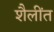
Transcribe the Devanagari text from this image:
शैलींत